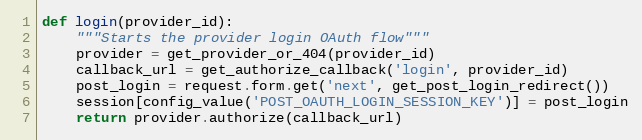
Language: Python
def login(provider_id):
    """Starts the provider login OAuth flow"""
    provider = get_provider_or_404(provider_id)
    callback_url = get_authorize_callback('login', provider_id)
    post_login = request.form.get('next', get_post_login_redirect())
    session[config_value('POST_OAUTH_LOGIN_SESSION_KEY')] = post_login
    return provider.authorize(callback_url)